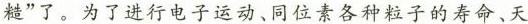
糙”了。为了进行电子运动、同位素各种粒子的寿命、天